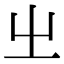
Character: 㞢